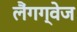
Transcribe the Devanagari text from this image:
लैंगग्वेज